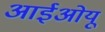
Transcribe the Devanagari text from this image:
आईओयू